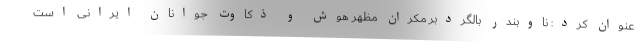
عنوان کرد: ناوبندر بالگردبر مکران مظهر هوش و ذکاوت جوانان ایرانی است